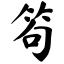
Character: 笱